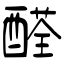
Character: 醛